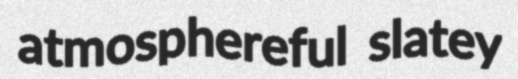
atmosphereful slatey